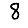
Digit: 8